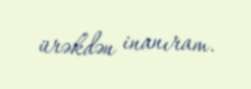
ürəkdən inanıram.